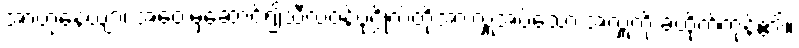
အာဟုနေယျာ၊ အဝေးမှဆောင်၍သီလဝန်ပုဂ္ဂိုလ်တို့အားလှူအပ်သော အလှူကို ခံထိုက်ကုန်၏။